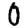
Digit: 0